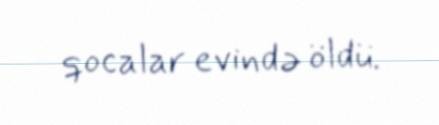
qocalar evində öldü.